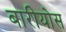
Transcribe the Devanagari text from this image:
बारीयोस